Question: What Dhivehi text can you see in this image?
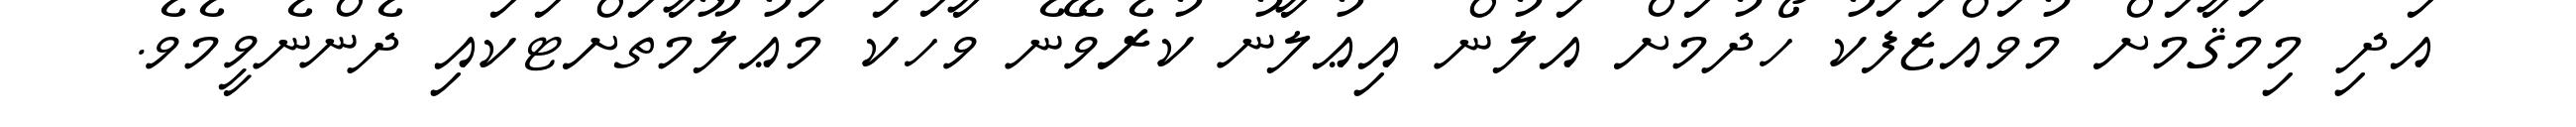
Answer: އަދި މިމަޤާމަށް މުވައްޒަފަކު ހޯދުމަށް އަލުން އިޢުލާނު ކުރެވޭނެ ވާހަކަ މަޢުލޫމާތަށްޓަކައި ދެންނެވީމެވެ.